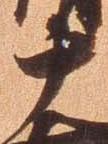
十